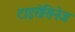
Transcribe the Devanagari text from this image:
टाइरोसिनेज